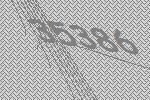
35386